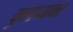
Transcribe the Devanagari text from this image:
कुलाब्यावर